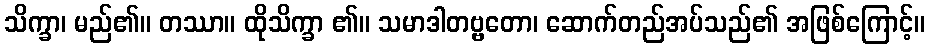
သိက္ခာ၊ မည်၏။ တဿာ။ ထိုသိက္ခာ ၏။ သမာဒါတဗ္ဗတော၊ ဆောက်တည်အပ်သည်၏ အဖြစ်ကြောင့်။